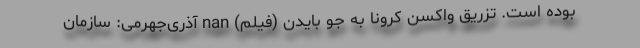
بوده است. تزریق واکسن کرونا به جو بایدن (فیلم) nan آذری‌جهرمی: سازمان